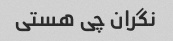
نگران چی هستی